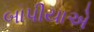
બાપીયાએ